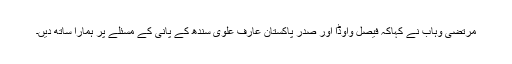
مرتضی وہاب نے کہاکہ فیصل واوڈا اور صدر پاکستان عارف علوی سندھ کے پانی کے مسئلے پر ہمارا ساتھ دیں۔